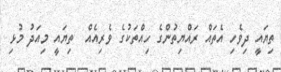
ތިޔައީ ދިވެހި އެތައް ރައްޔިތުންގެ ހިއްތަކުގެ ވެރިއެއް  ތިޔައީ މިއަދު މުޅި